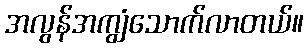
အလွန်အကျွံသောက်လာတယ်။